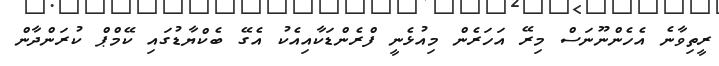
ރީތިވާނެ އެހެންނޫނަސް މިރޭ އަހަރެން މިއުޅެނީ ފްރެންޑަކާއިއެކު އެގޭ ބެކްޔާޑުގައި ކޭމްޕް ކުރަންދާން